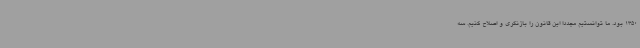
1350 بود. ما توانستیم مجددا این قانون را بازنگری و اصلاح کنیم. سه